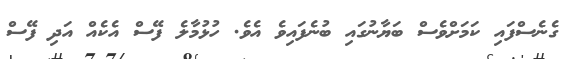
ގެނެސްފައި ކަމަށްވެސް ބަޔާނުގައި ބުނެފައިވެ އެވެ. ހުޅުމާލެ ފޭސް އެކެއް އަދި ފޭސް